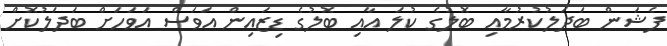
ފެޝަން ބަދަލުކުރުމާއި ބޮލުގެ ކުލަ އާއި ބޮލުގެ ޑިޒައިން އަވަސް އަވަހަށް ބަދަލުކޮށް